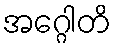
အဂ္ဂေါတိ